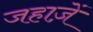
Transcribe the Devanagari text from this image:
जहाज़ें